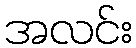
အလင်း